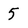
Character: 5